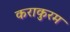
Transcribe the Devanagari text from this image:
कराकुरम